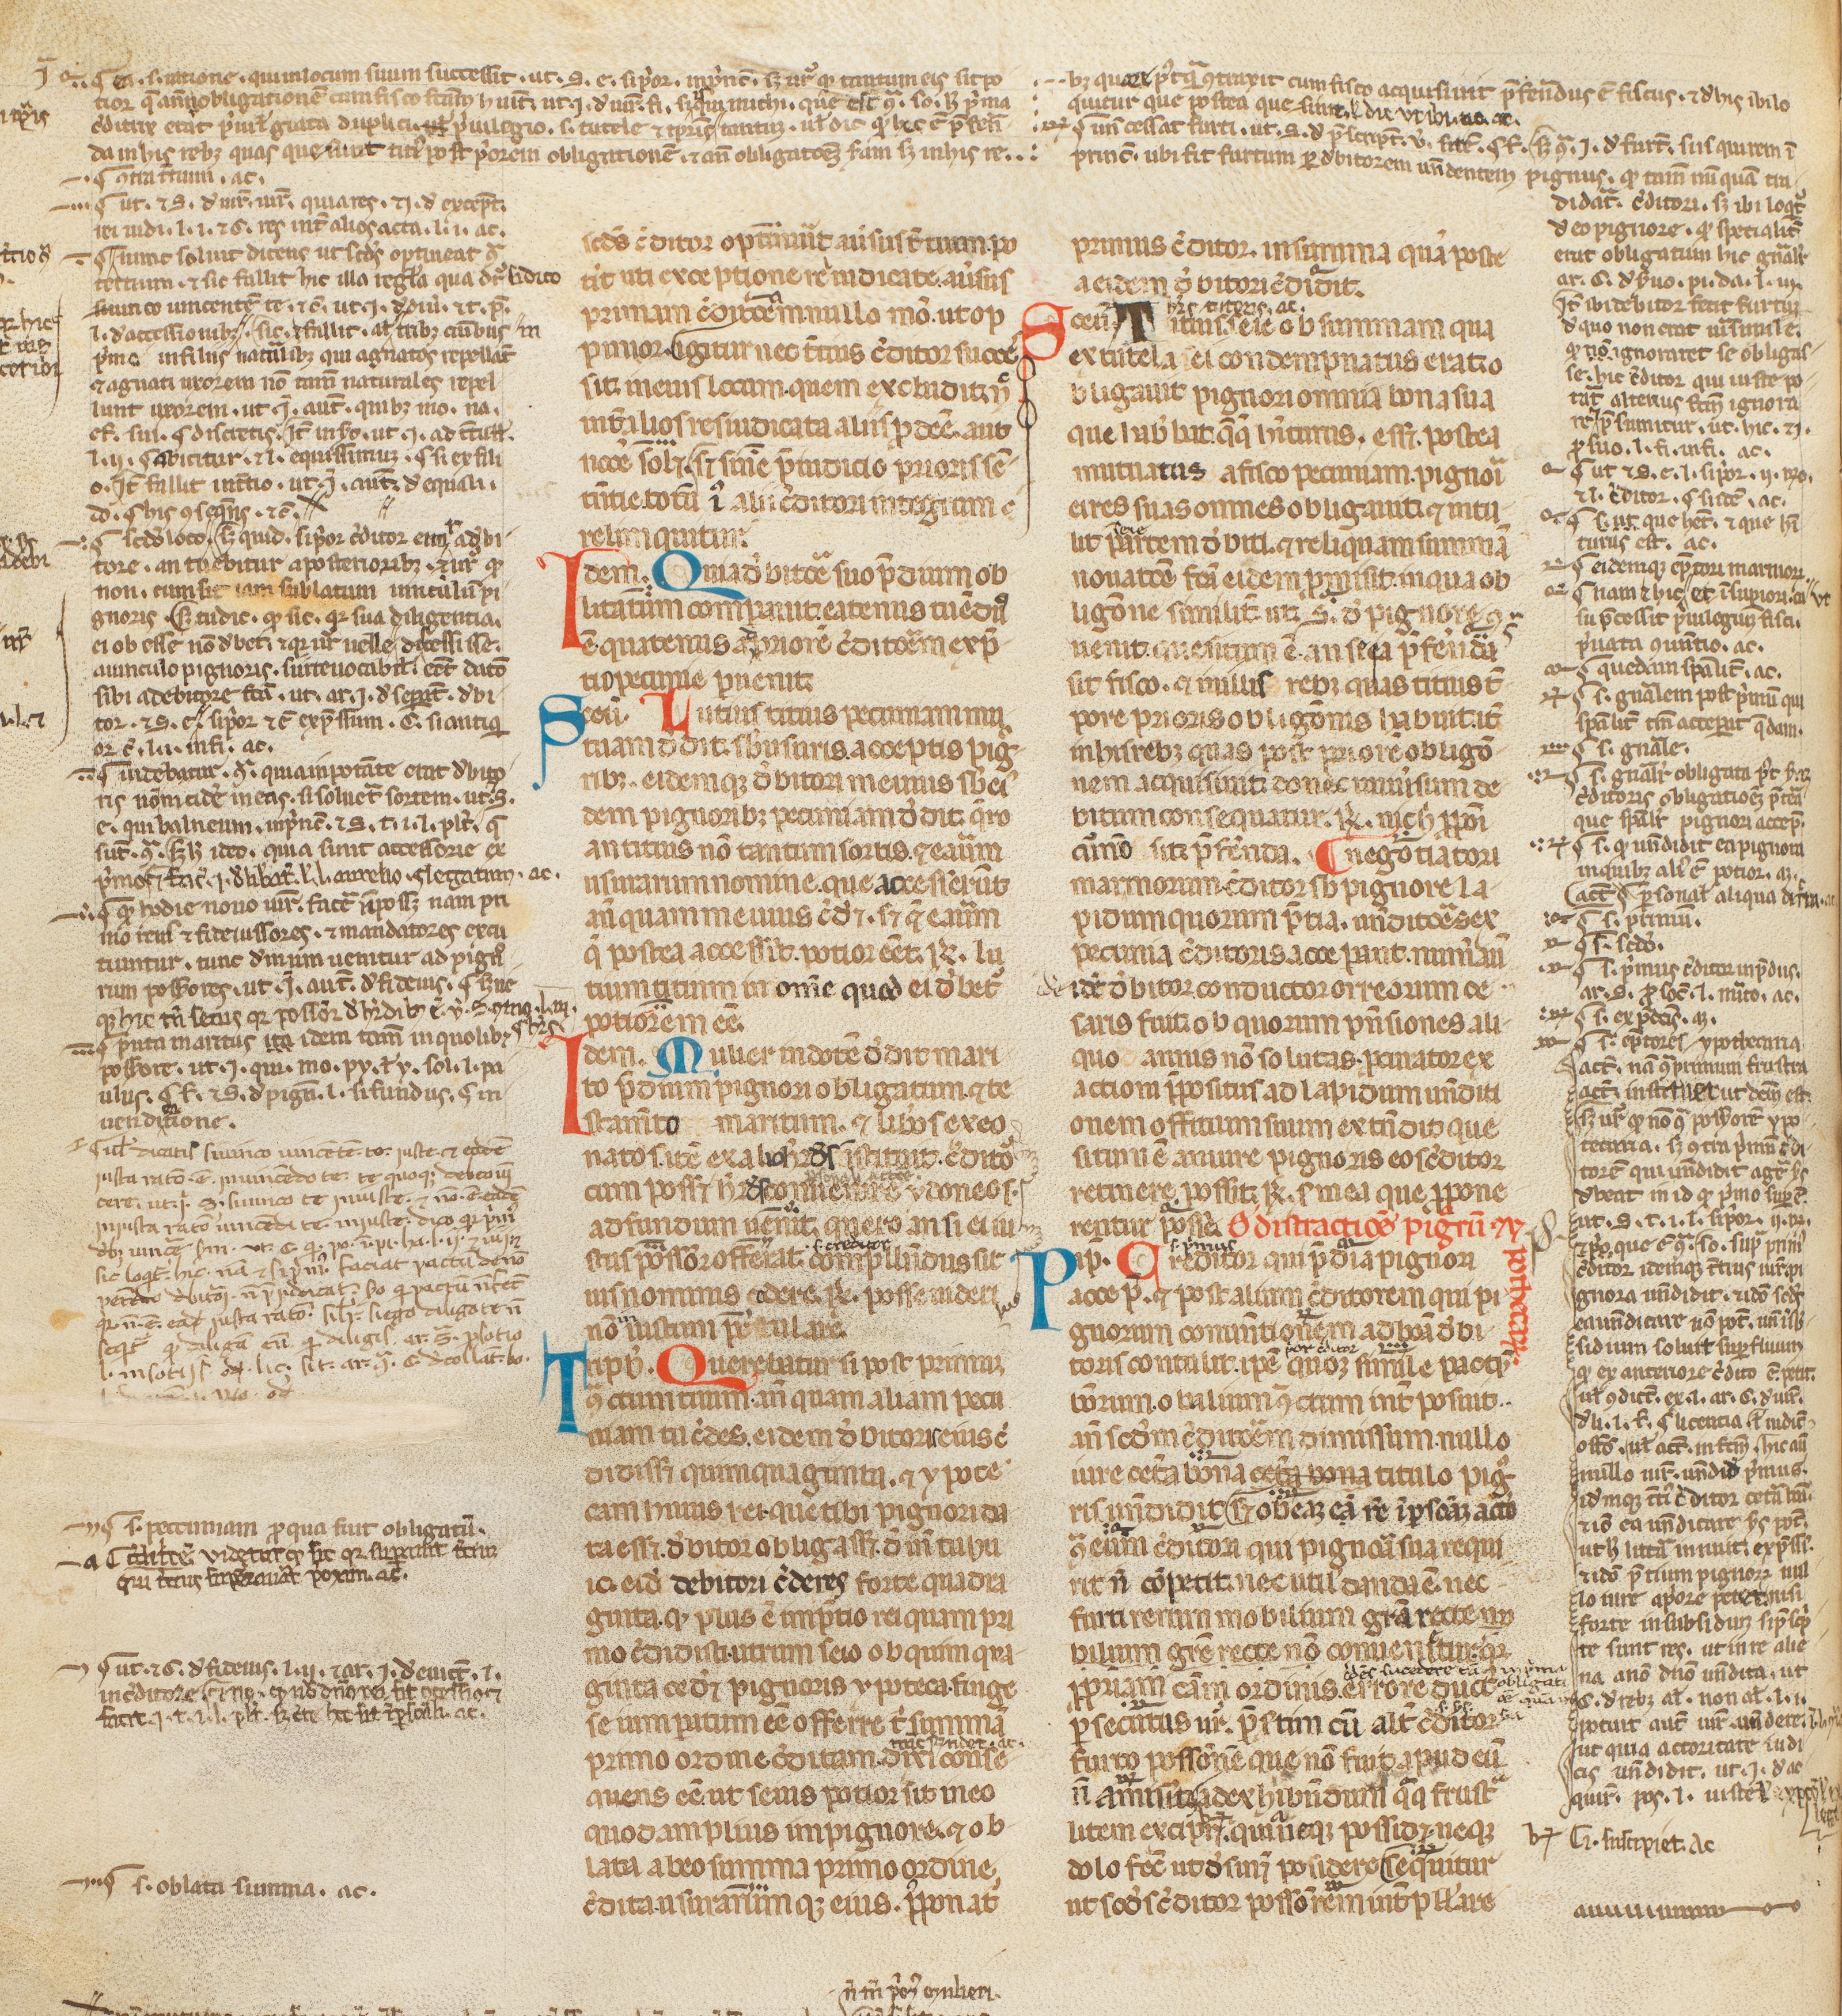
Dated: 1300–1399